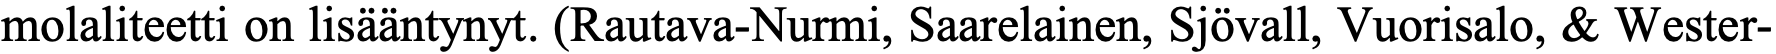
molaliteetti on lisääntynyt. (Rautava-Nurmi, Saarelainen, Sjövall, Vuorisalo, & Wester-